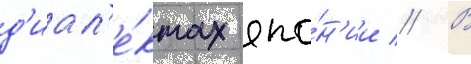
д'иал'е́ктах япо́н'ии // В